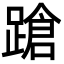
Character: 蹌